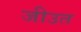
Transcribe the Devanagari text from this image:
जीउत